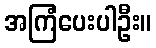
အကြံပေးပါဦး။